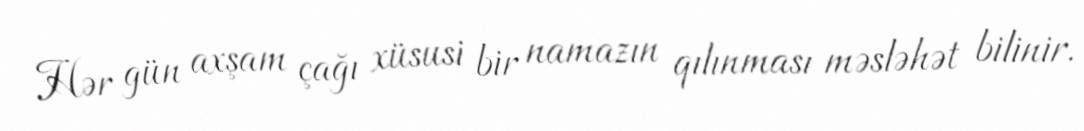
Hər gün axşam çağı xüsusi bir namazın qılınması məsləhət bilinir.